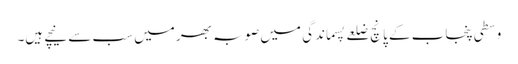
وسطی پنجاب کے پانچ ضلعے پسماندگی میں صوبہ بھر میں سب سے نیچے ہیں۔